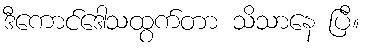
ဒီကောင်ဒေါသထွက်တာ သိသာနေ ပြီ။